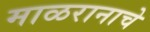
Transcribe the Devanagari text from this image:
माळरानाचे